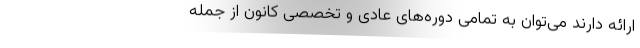
ارائه دارند می‌توان به تمامی دوره‌های عادی و تخصصی کانون از جمله